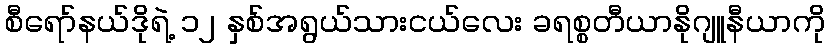
စီရော်နယ်ဒိုရဲ့ ၁၂ နှစ်အရွယ်သားငယ်လေး ခရစ္စတီယာနိုဂျူနီယာကို